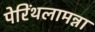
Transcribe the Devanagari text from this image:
पेरिंथलामन्ना